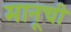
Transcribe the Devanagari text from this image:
मानूची